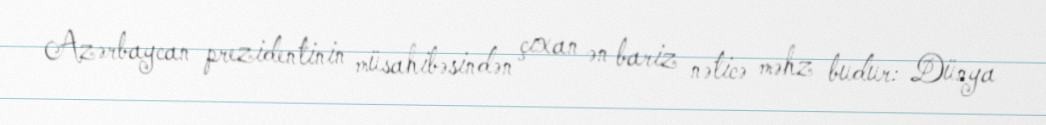
Azərbaycan prezidentinin müsahibəsindən çıxan ən bariz nəticə məhz budur: Dünya